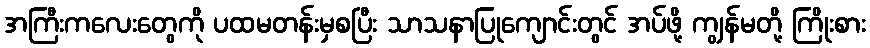
အကြီးကလေးတွေကို ပထမတန်းမှစပြီး သာသနာပြုကျောင်းတွင် အပ်ဖို့ ကျွန်မတို့ ကြိုးစား